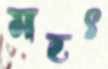
মহৎ